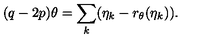
( q - 2 p ) \theta = \sum _ { k } ( \eta _ { k } - r _ { \theta } ( \eta _ { k } ) ) .